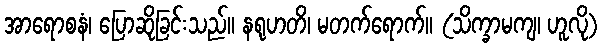
အာရောစနံ၊ ပြောဆိုခြင်းသည်။ နရုဟတိ၊ မတက်ရောက်။ (သိက္ခာမကျ၊ ဟူလို)